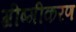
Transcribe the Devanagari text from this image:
ग्रीष्मीकरण